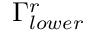
\Gamma _ { l o w e r } ^ { r }